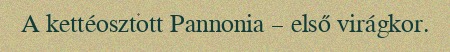
A kettéosztott Pannonia – első virágkor.